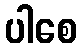
ပါစေ